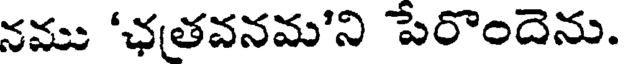
నము 'ఛతవనమ'ని పేరొందెను.